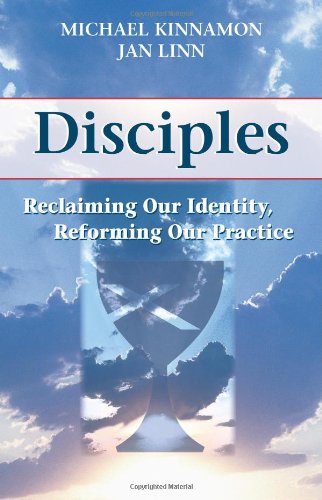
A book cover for Disciples: Reclaiming Our Identity, Reforming Our Practice; Dr. Jan Linn; Christian Books & Bibles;